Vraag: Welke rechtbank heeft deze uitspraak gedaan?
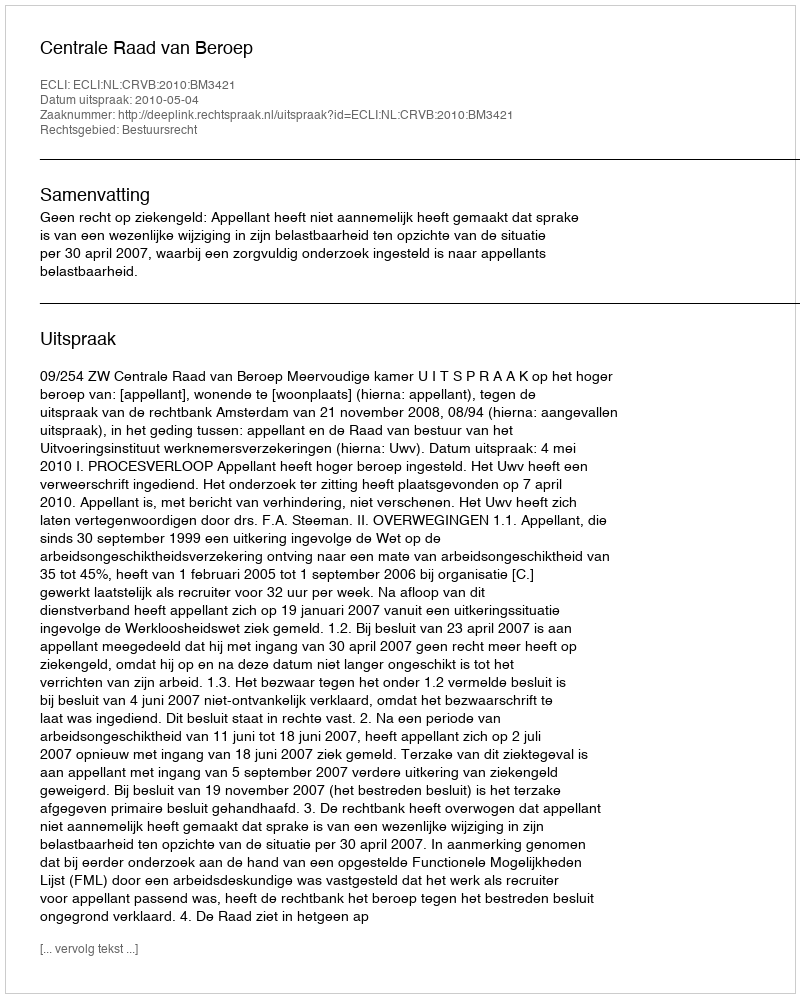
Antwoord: Centrale Raad van Beroep